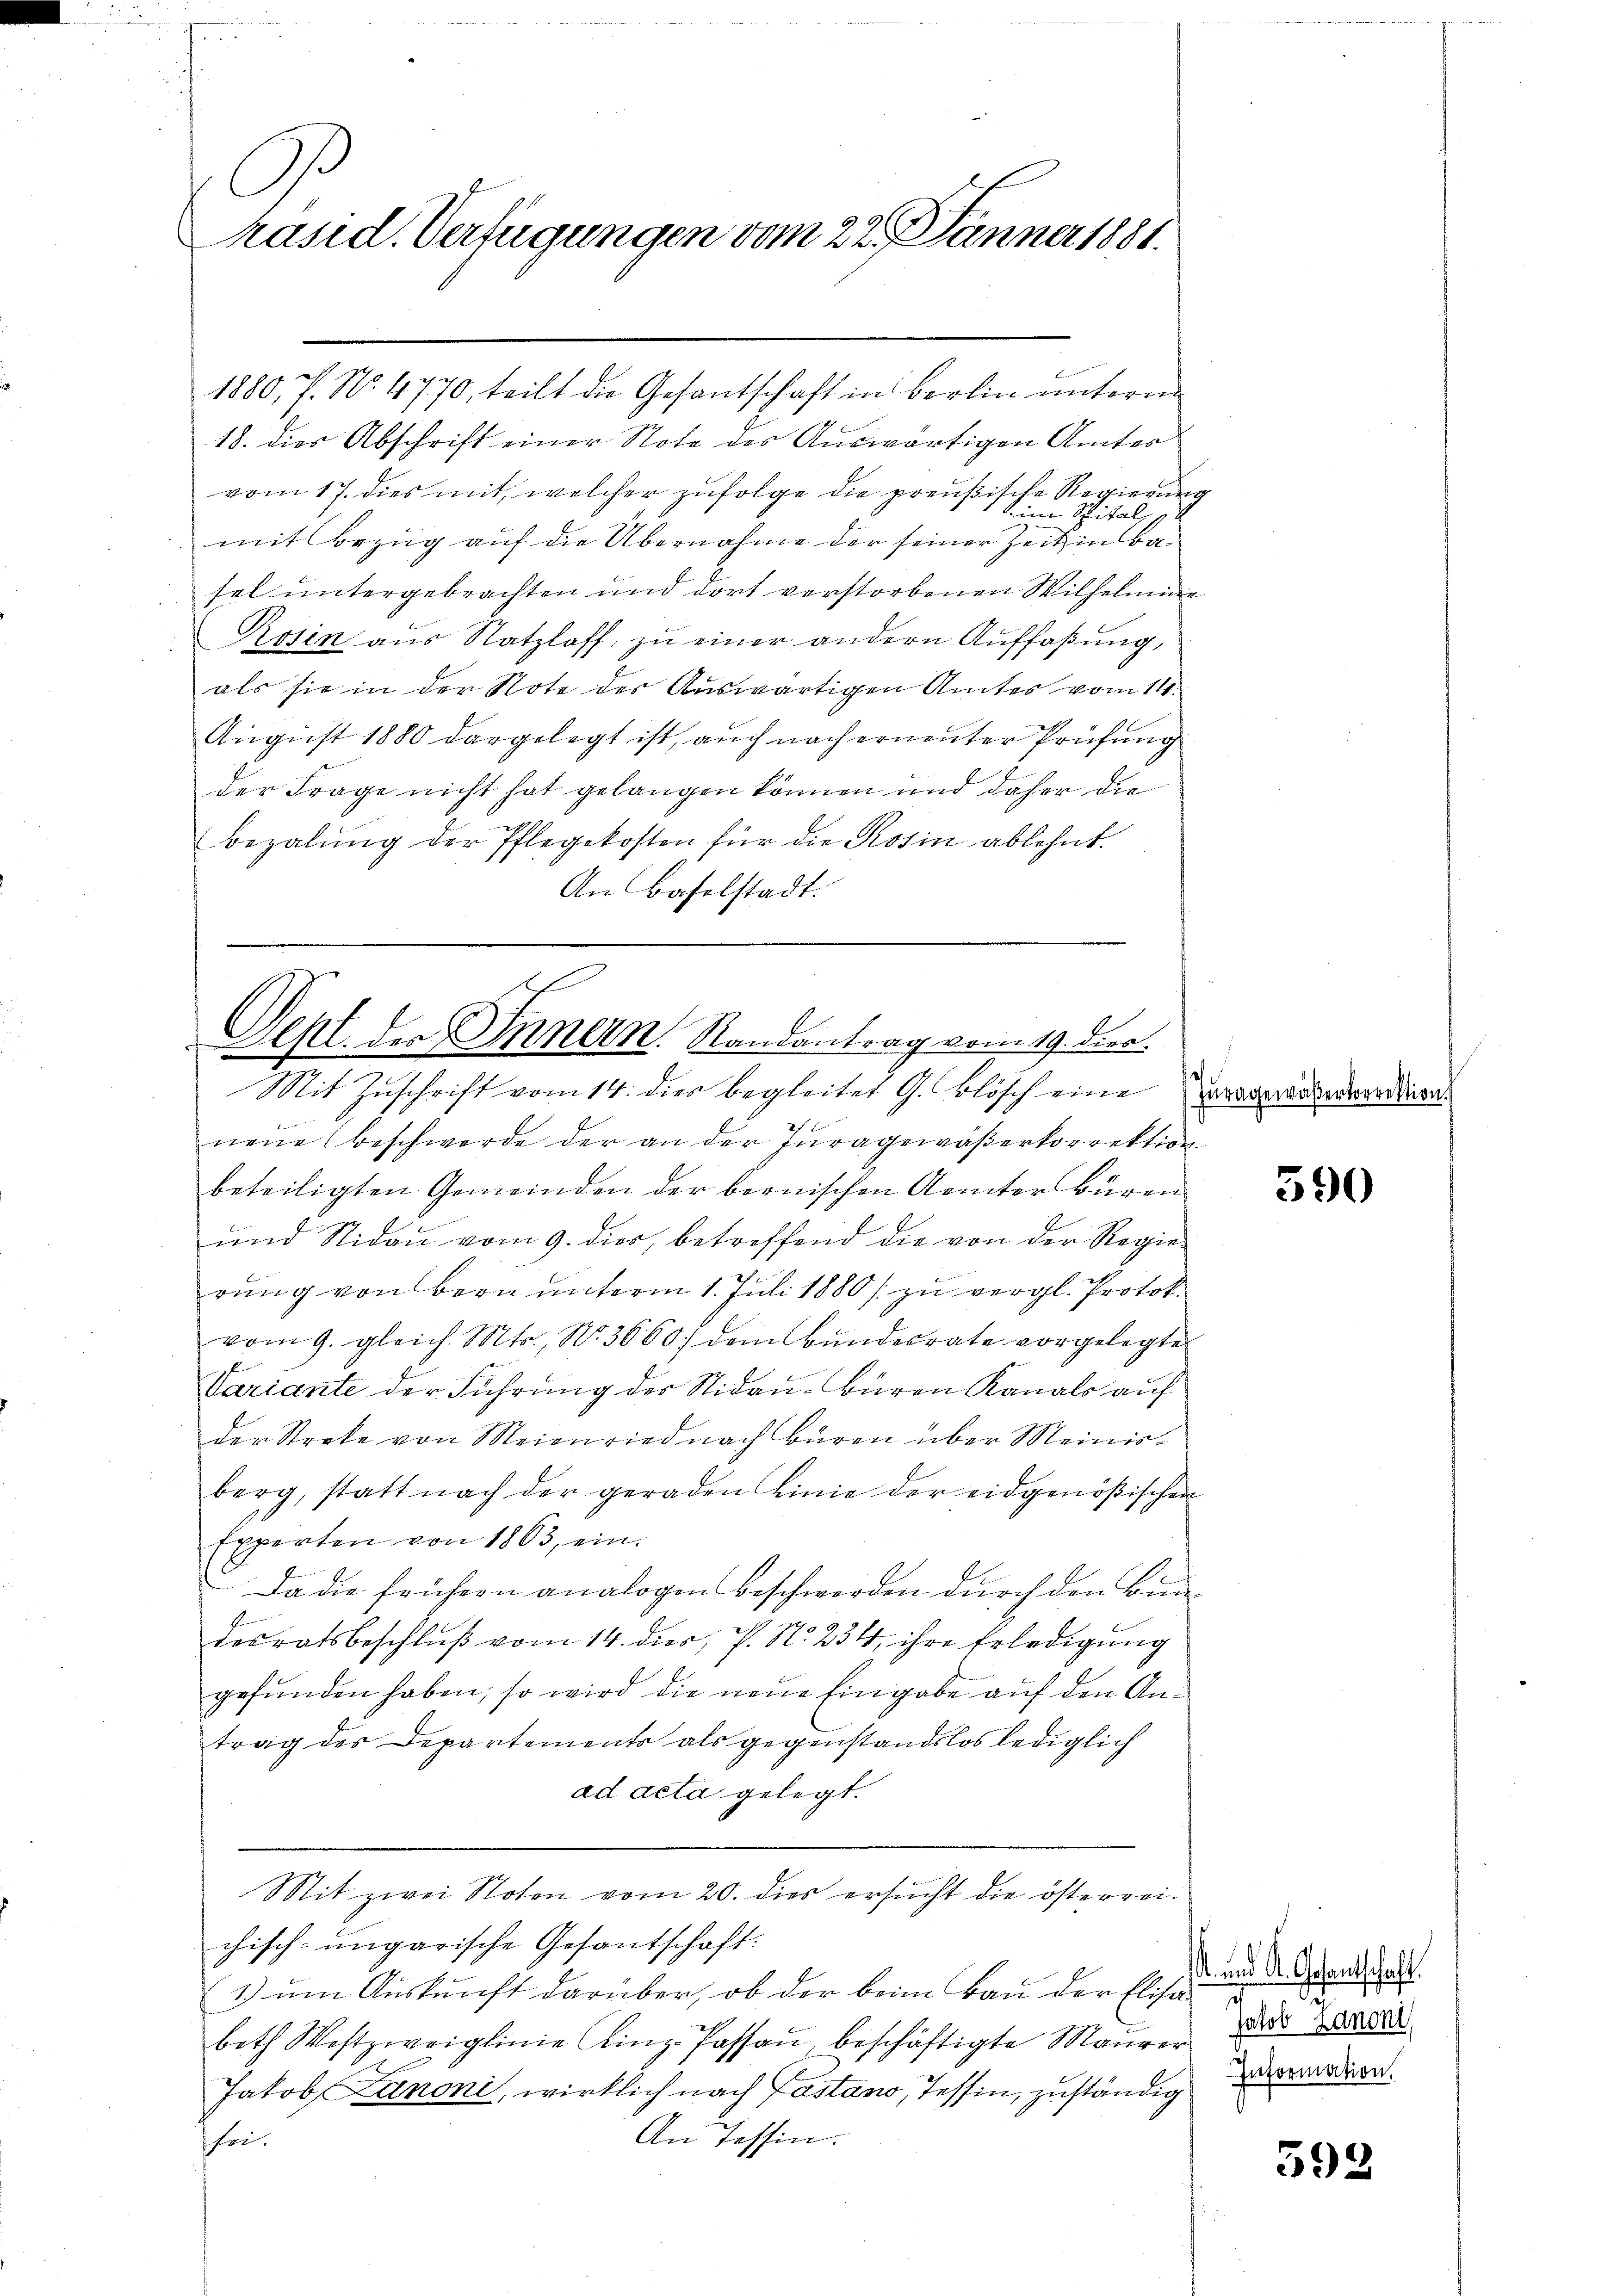
A
Präsid. Verfügungen vom 22. Jänner 1881.

18. dies Abschrift einer Note des Auswärtigen Amtes
vom 17. dies mit, welcher zufolge die preußische Regierung
ine Spital, p
mit Bezug auf die Übernahme der seiner Zeit in Basel untergebrachten und dort verstorbenen Wilhelmine
Rosen aus Natzloff, zu einer andern Auffaßung,
als sie in der Note der Auswärtigen Amtes vom 14.
August 1880 dargelegt ist, auch nach erneuter Prüfung
der Frage nicht hat gelangen können und daher die
bezalŭng der Pflegekosten für die Rosin ablehnt.
An Baselstadt.

h
Seht der Innern. Randantrag vom 19. dier
Mit Zuschrift vom 14. dies begleitet G. Blösch eine Praspräsentantien¬

1880, 7. No. 4770, teilt die Gesantschaft in Berlin unterm

neŭe (Beschwerde der an der Tŭragewäβerkorrektion
beteiligten Gemeinden der bernischen Aemter Büren
und Nidau vom 9. dies, betreffend die von der Regierung von Bern unterm 1. Juli 1880 / zu vergl. Protok
vom 9. gleich. Mts., N. 3660) dem Bŭndesrate vorgelegte
Variante der Führung der Nidau-Büren Kanals auf
der Streke von Meienried nach Büren über Meinisberg, statt nach der geraden Linie der eidgenößischen
Experten von 1863, ein.
e
Da die frühern analogen Beschwerden durch den Bundesratsbeschlŭβ vom 14. dier, P. N. 234, ihre Erledigung
gefunden haben, so wird die neue Eingabe auf den Antrag des Departements als gegenstandslos lediglich
ad acta gelegt.
Mit zwei Noten vom 20. dies ersucht die österreichisch-ungarische Gesantschaft.
& um Auskunft darüber, ob der beim Bau der Else und der Grandschaft
both Wostzweiglinie (Einz- Passau beschäftigte Maurer
Jatob Canoni, wirklich nach Pastano, Tessin, zuständig odern.
An Tessin.
fei.

2

390

Jakob Zanoni

592